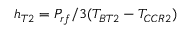
h _ { T 2 } = P _ { r f } / 3 ( T _ { B T 2 } - T _ { C C R 2 } )